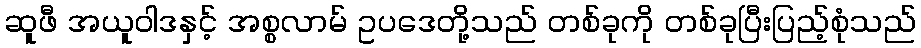
ဆူဖီ အယူဝါဒနှင့် အစ္စလာမ် ဥပဒေတို့သည် တစ်ခုကို တစ်ခုပြီးပြည့်စုံသည်